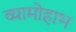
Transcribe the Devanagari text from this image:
व्यामोहाभ